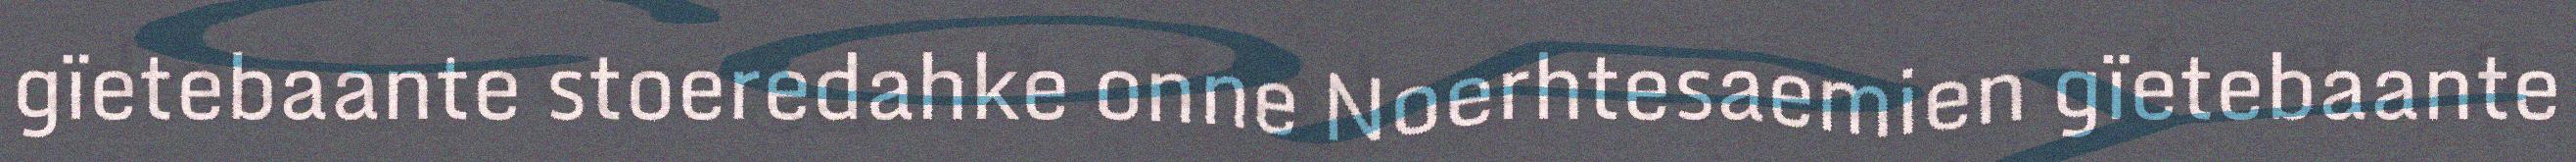
gïetebaante stoeredahke onne Noerhtesaemien gïetebaante